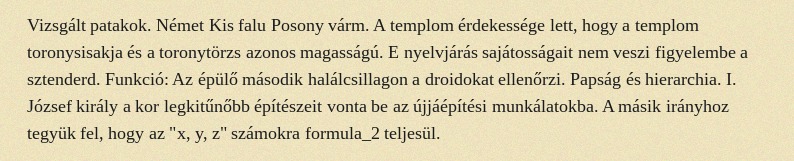
Vizsgált patakok. Német Kis falu Posony várm. A templom érdekessége lett, hogy a templom toronysisakja és a toronytörzs azonos magasságú. E nyelvjárás sajátosságait nem veszi figyelembe a sztenderd. Funkció: Az épülő második halálcsillagon a droidokat ellenőrzi. Papság és hierarchia. I. József király a kor legkitűnőbb építészeit vonta be az újjáépítési munkálatokba. A másik irányhoz tegyük fel, hogy az "x, y, z" számokra formula_2 teljesül.